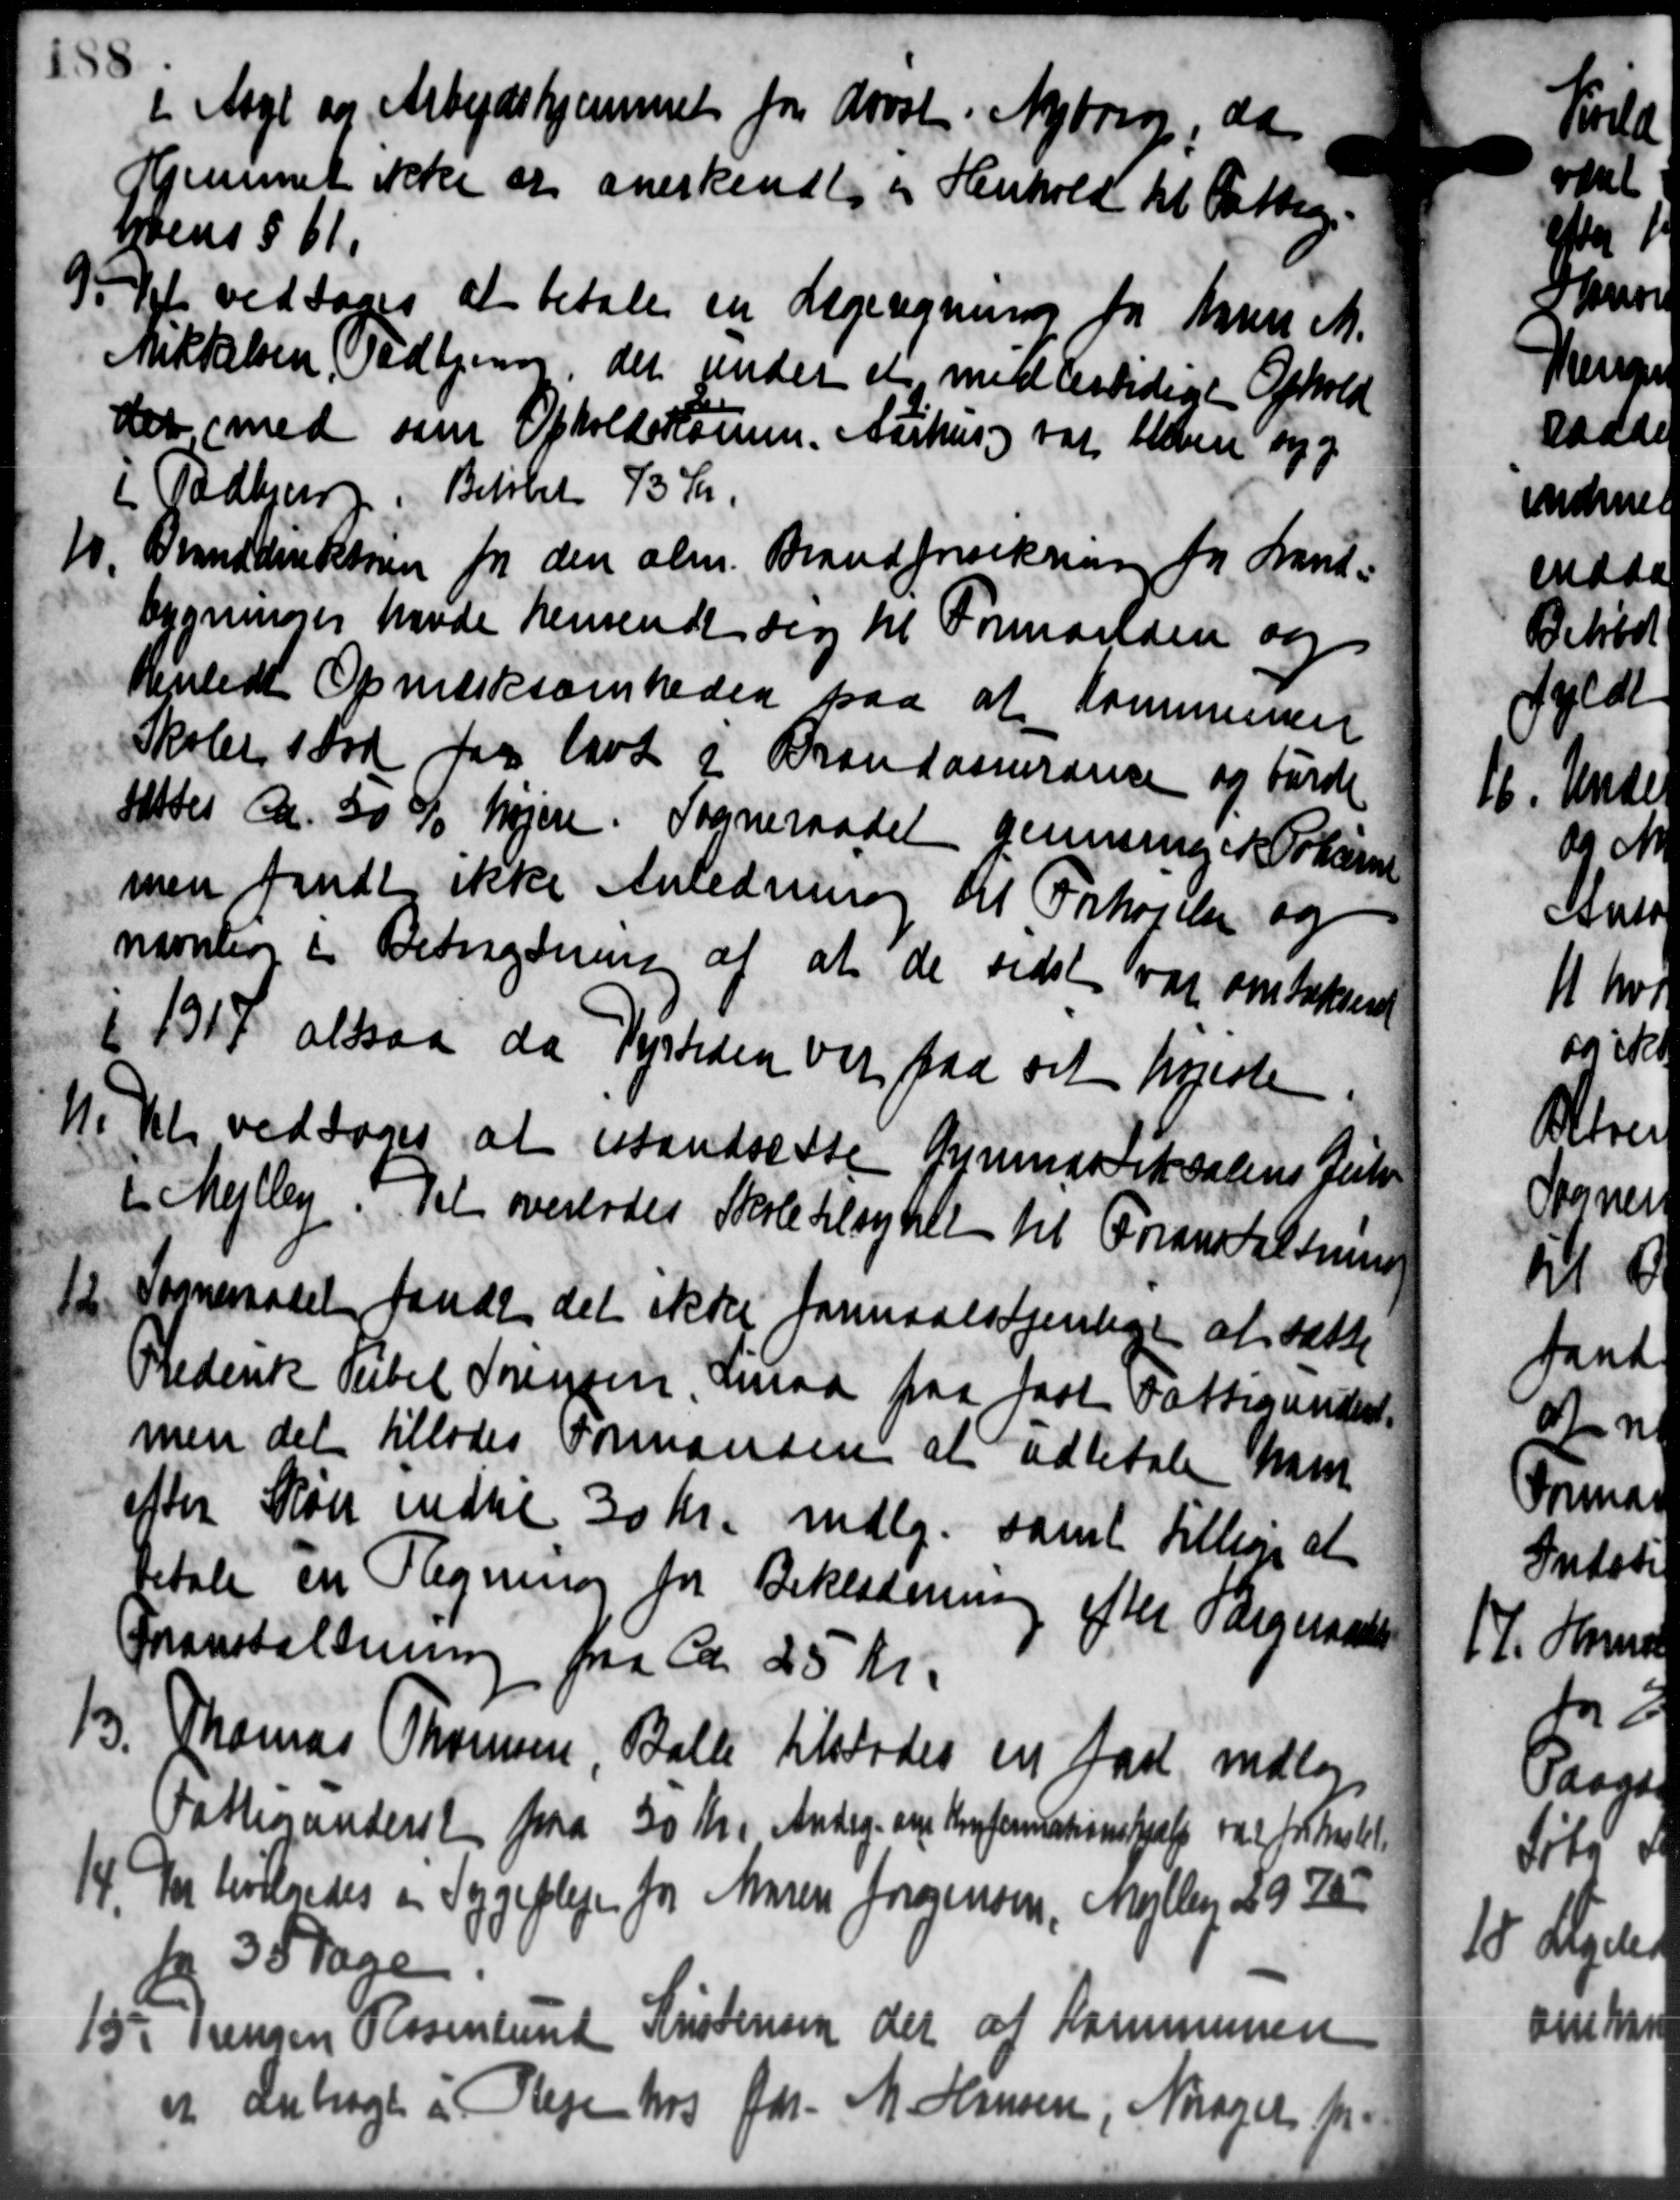
Transskription:
i Akgl og Arbejdshjemmet fra Arost. Nyborg, da
Hjemmet ikke er anerkendt i Henhold til Fattig
nens § 61.
9. Det vedtoges at betale en Lægeregninger fra Karen M.
9. Det vedtoges at betale en Lægeregninger fra Karen M.
Mikkelsen, Todbjerg, der under et med dertidige Ophold
det med som Opholdskomm. Aarhus var blevere syg
i Todbjerg, Beløbet 73 Kr.
10
Branddirekturen fra den alm. Brandforsikring for Land-
bygninger havde hensendt sig til Formanden og
Henledt Opmærksomheden paa at Kommunen
Skoler ford for have i Brandassuransen og burde
Attes ca. 30 % højere. Sogneraadet gennemgaa Polume
men fandt ikke Anledning til Forhøjelse og
nævnten i Betragtning af at de sidste var om takseret
1 1917 altsaa da Vejstiden var faa sit højeste
11. Det vedtoges at istandsette Gymnastiksalens Jule
i Mejlby. Det overlodes Skole tilsynet til Foranstaltning
12. Sogneraadet fandt det ikke formaalstjenlige at sætte
Frederik Sibel Sørensen derod paa fast Fattigunders
men det tillades Formanden at udbetale ham
efter Søer indtil 30 Kr. mdlg. samt tillige at
betale en Regning for Beklædning efter Bogeraadet
foranstaltning fra ca 25 Kr.
13.
Thomas Thomsen, Balle tilstodes en fast vedlag
Fattiganderst paa 30 Kr. Andrg. om Konferationshjælp var for Maalede
14. Der leveredes en Sygepleje for Maren Jórgensen, Myllen 39722
3 Sage
15. Trengen Rosenlund Kristensen der af Kommunen
et anbragt i Pleje hos Gdr. M. Hansen, Niager for